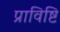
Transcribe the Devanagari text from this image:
प्राविष्टि